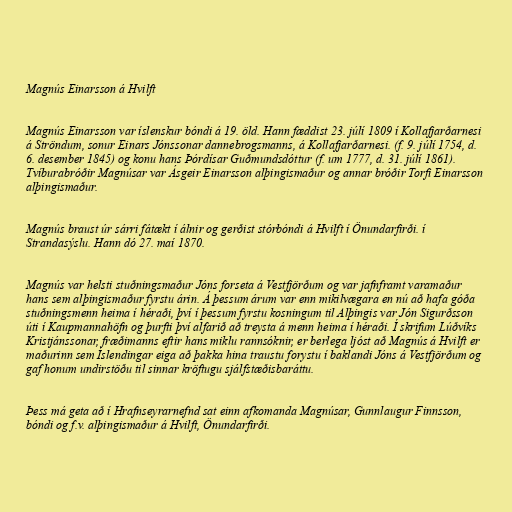
Magnús Einarsson á Hvilft

Magnús Einarsson var íslenskur bóndi á 19. öld. Hann fæddist 23. júlí 1809 í Kollafjarðarnesi
á Ströndum, sonur Einars Jónssonar dannebrogsmanns, á Kollafjarðarnesi. (f. 9. júlí 1754, d.
6. desember 1845) og konu hans Þórdísar Guðmundsdóttur (f. um 1777, d. 31. júlí 1861).
Tvíburabróðir Magnúsar var Ásgeir Einarsson alþingismaður og annar bróðir Torfi Einarsson
alþingismaður.

Magnús braust úr sárri fátækt í álnir og gerðist stórbóndi á Hvilft í Önundarfirði. í
Strandasýslu. Hann dó 27. maí 1870.

Magnús var helsti stuðningsmaður Jóns forseta á Vestfjörðum og var jafnframt varamaður
hans sem alþingismaður fyrstu árin. Á þessum árum var enn mikilvægara en nú að hafa góða
stuðningsmenn heima í héraði, því í þessum fyrstu kosningum til Alþingis var Jón Sigurðsson
úti í Kaupmannahöfn og þurfti því alfarið að treysta á menn heima í héraði. Í skrifum Lúðvíks
Kristjánssonar, fræðimanns eftir hans miklu rannsóknir, er berlega ljóst að Magnús á Hvilft er
maðurinn sem Íslendingar eiga að þakka hina traustu forystu í baklandi Jóns á Vestfjörðum og
gaf honum undirstöðu til sinnar kröftugu sjálfstæðisbaráttu.

Þess má geta að í Hrafnseyrarnefnd sat einn afkomanda Magnúsar, Gunnlaugur Finnsson,
bóndi og f.v. alþingismaður á Hvilft, Önundarfirði.